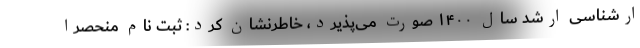
ارشناسی ارشد سال ۱۴۰۰ صورت می‌پذیرد، خاطرنشان کرد: ثبت نام منحصراً